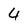
Character: 4